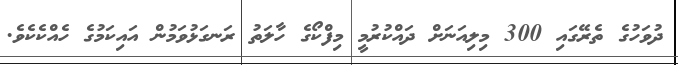
ދުވަހުގެ ތެރޭގައި 300 މިލިއަނަށް ދައްކުރުމީ މިފްކޯގެ ހާލަތު ރަނގަޅުވަމުން އައިކަމުގެ ހެއްކެކެވެ.